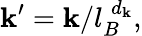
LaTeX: \mathbf{k}^{\prime}=\mathbf{k}/l_{B}^{\; d_{\mathbf{k}}},